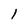
Character: l